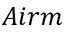
A i r m